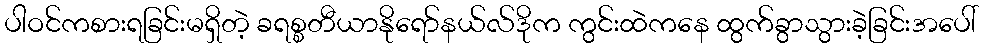
ပါဝင်ကစားရခြင်းမရှိတဲ့ ခရစ္စတီယာနိုရော်နယ်လ်ဒိုက ကွင်းထဲကနေ ထွက်ခွာသွားခဲ့ခြင်းအပေါ်